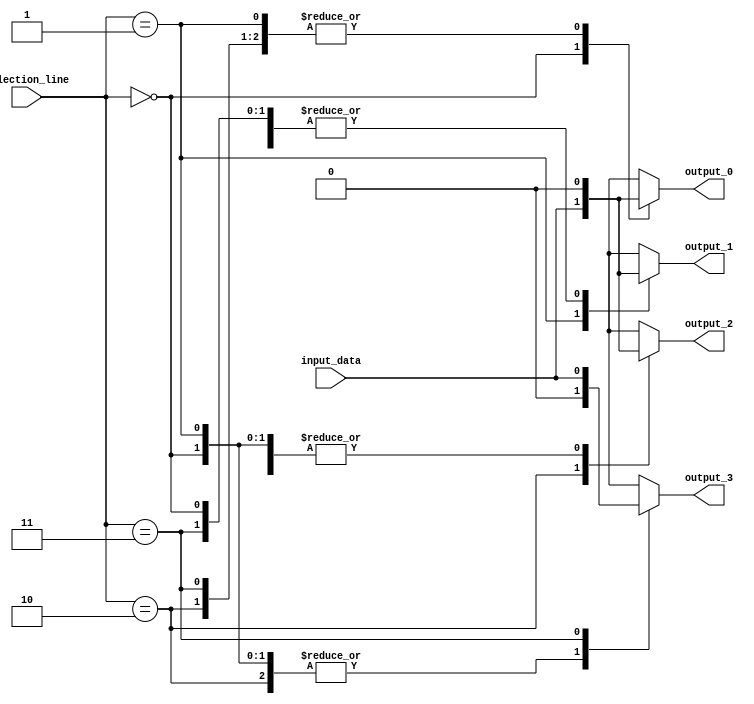
module demux (
    input wire input_data,
    input wire [1:0] selection_line,
    output reg output_0,
    output reg output_1,
    output reg output_2,
    output reg output_3
);

always @ (input_data, selection_line)
begin
    case (selection_line)
        2'b00: begin
            output_0 = input_data;
            output_1 = 1'b0;
            output_2 = 1'b0;
            output_3 = 1'b0;
        end
        2'b01: begin
            output_0 = 1'b0;
            output_1 = input_data;
            output_2 = 1'b0;
            output_3 = 1'b0;
        end
        2'b10: begin
            output_0 = 1'b0;
            output_1 = 1'b0;
            output_2 = input_data;
            output_3 = 1'b0;
        end
        2'b11: begin
            output_0 = 1'b0;
            output_1 = 1'b0;
            output_2 = 1'b0;
            output_3 = input_data;
        end
    endcase
end

endmodule